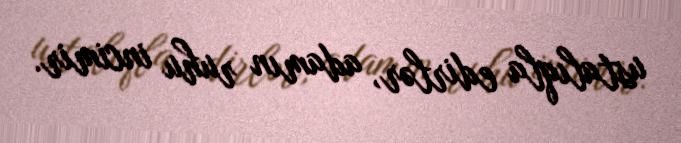
ustalıqla edirlər, adamın ruhu incimir.